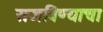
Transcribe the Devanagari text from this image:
सजविण्याचा